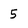
Character: 5